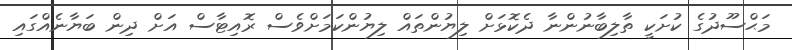
މަޙްސޫދުގެ ކުށަކީ ތާލިބާނުންނާ ދެކޮޅަށް ލިޔުންތައް ލިޔުންކަމަށްވެސް ރޮއިޓާސް އަށް ދިން ބަޔާނެއްގައި